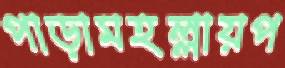
পাড়ামহল্লায়প